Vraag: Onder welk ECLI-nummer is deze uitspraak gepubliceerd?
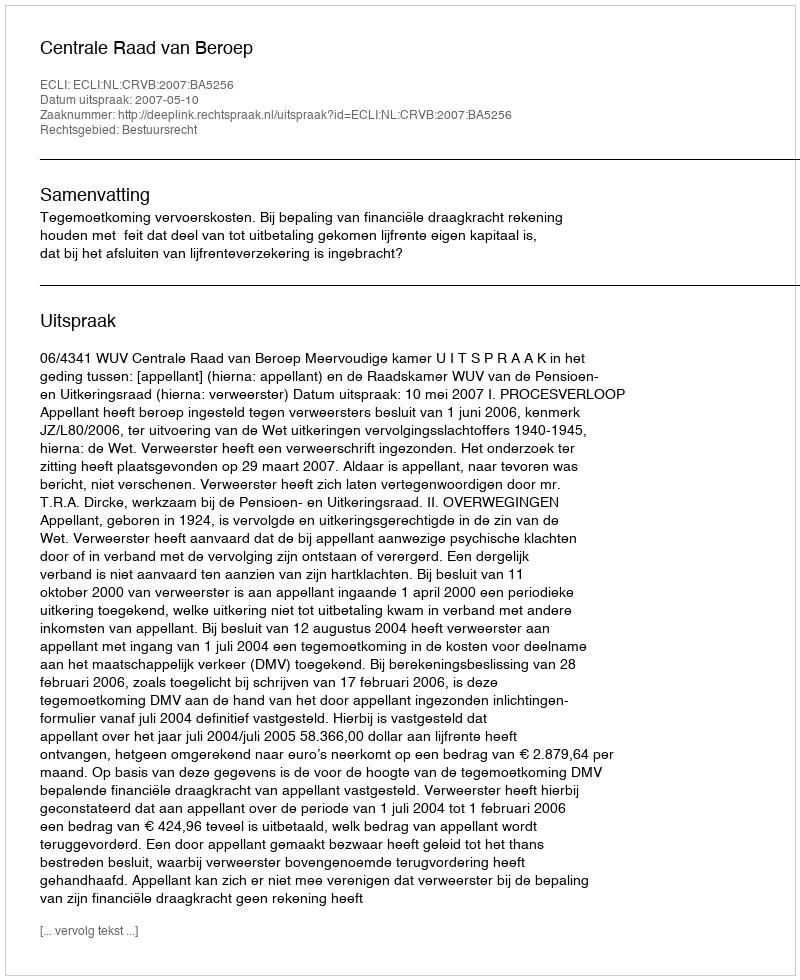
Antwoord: ECLI:NL:CRVB:2007:BA5256